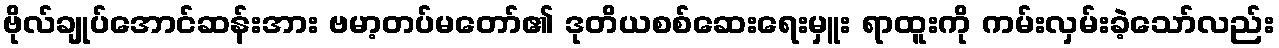
ဗိုလ်ချုပ်အောင်ဆန်းအား ဗမာ့တပ်မတော်၏ ဒုတိယစစ်ဆေးရေးမှူး ရာထူးကို ကမ်းလှမ်းခဲ့သော်လည်း